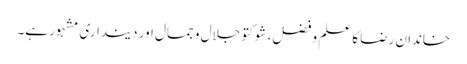
خاندان رضا کا علم و فضل، شوکتو جلال و جمال اور دینداری مشہور ہے۔